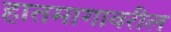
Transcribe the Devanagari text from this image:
हातमागावरील